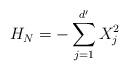
LaTeX: \begin{align*}H_N=-\sum^{d'}_{j=1}X_j^2\end{align*}